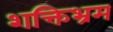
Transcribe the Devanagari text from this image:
शक्तिभ्रम